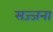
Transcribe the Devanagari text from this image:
सज्जना